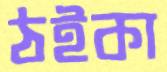
ঠইকা